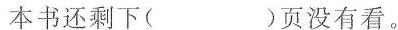
本书还剩下( )页没有看。